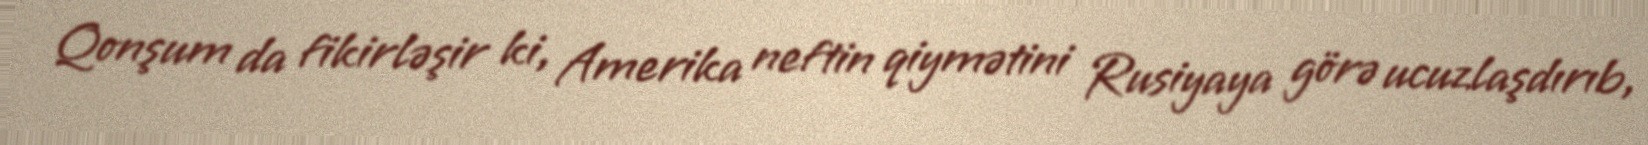
Qonşum da fikirləşir ki, Amerika neftin qiymətini Rusiyaya görə ucuzlaşdırıb,